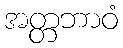
အတ္တဘာဝံ